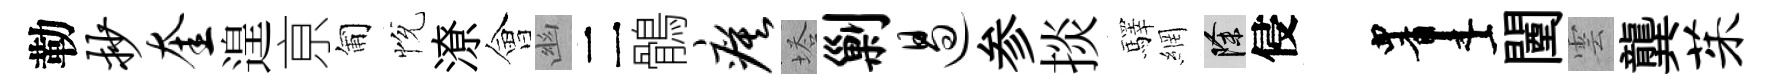
勒抄奎遑亰匍恱潦會幽二鶻瘼塔剿遏参掞驛網除侵画闉雲龔茱